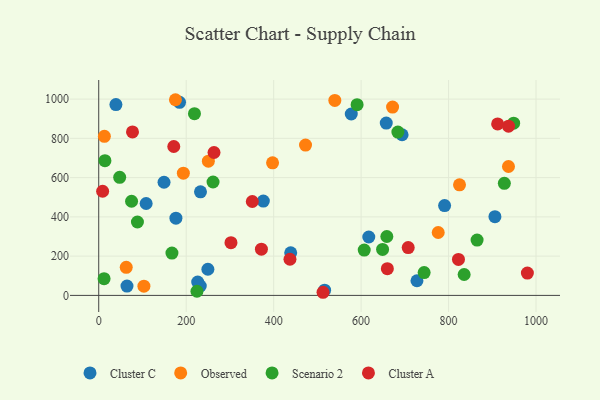
{"axis": {"x": "Ad Spend", "y": "Sales"}, "legend": ["Cluster A", "Cluster C", "Observed", "Scenario 2"], "data": [{"x": "906.0", "y": 401.1, "type": "Cluster C"}, {"x": "657.5", "y": 877.7, "type": "Cluster C"}, {"x": "249.6", "y": 133.1, "type": "Cluster C"}, {"x": "184.8", "y": 983.5, "type": "Cluster C"}, {"x": "516.5", "y": 26.7, "type": "Cluster C"}, {"x": "108.4", "y": 468.2, "type": "Cluster C"}, {"x": "232.7", "y": 527.8, "type": "Cluster C"}, {"x": "617.5", "y": 297.6, "type": "Cluster C"}, {"x": "64.6", "y": 47.7, "type": "Cluster C"}, {"x": "727.7", "y": 74.5, "type": "Cluster C"}, {"x": "226.3", "y": 67.9, "type": "Cluster C"}, {"x": "693.7", "y": 818.5, "type": "Cluster C"}, {"x": "149.3", "y": 576.3, "type": "Cluster C"}, {"x": "39.3", "y": 972.1, "type": "Cluster C"}, {"x": "577.5", "y": 924.1, "type": "Cluster C"}, {"x": "439.0", "y": 216.8, "type": "Cluster C"}, {"x": "790.9", "y": 457.5, "type": "Cluster C"}, {"x": "232.2", "y": 47.9, "type": "Cluster C"}, {"x": "376.4", "y": 480.3, "type": "Cluster C"}, {"x": "176.5", "y": 393.6, "type": "Cluster C"}, {"x": "825.0", "y": 563.2, "type": "Observed"}, {"x": "193.5", "y": 622.7, "type": "Observed"}, {"x": "250.7", "y": 683.6, "type": "Observed"}, {"x": "937.0", "y": 656.6, "type": "Observed"}, {"x": "62.9", "y": 142.8, "type": "Observed"}, {"x": "671.9", "y": 959.5, "type": "Observed"}, {"x": "472.9", "y": 765.7, "type": "Observed"}, {"x": "397.5", "y": 675.2, "type": "Observed"}, {"x": "776.3", "y": 320.5, "type": "Observed"}, {"x": "103.3", "y": 46.9, "type": "Observed"}, {"x": "175.4", "y": 996.8, "type": "Observed"}, {"x": "539.9", "y": 993.1, "type": "Observed"}, {"x": "12.9", "y": 810.1, "type": "Observed"}, {"x": "684.1", "y": 831.9, "type": "Scenario 2"}, {"x": "14.2", "y": 686.1, "type": "Scenario 2"}, {"x": "649.1", "y": 234.3, "type": "Scenario 2"}, {"x": "167.4", "y": 215.4, "type": "Scenario 2"}, {"x": "590.8", "y": 971.4, "type": "Scenario 2"}, {"x": "224.6", "y": 21.2, "type": "Scenario 2"}, {"x": "744.1", "y": 116.3, "type": "Scenario 2"}, {"x": "865.2", "y": 281.9, "type": "Scenario 2"}, {"x": "75.1", "y": 479.7, "type": "Scenario 2"}, {"x": "927.5", "y": 570.9, "type": "Scenario 2"}, {"x": "88.5", "y": 374.0, "type": "Scenario 2"}, {"x": "12.2", "y": 85.0, "type": "Scenario 2"}, {"x": "948.8", "y": 877.5, "type": "Scenario 2"}, {"x": "218.9", "y": 925.8, "type": "Scenario 2"}, {"x": "607.1", "y": 230.9, "type": "Scenario 2"}, {"x": "658.8", "y": 300.1, "type": "Scenario 2"}, {"x": "47.9", "y": 601.3, "type": "Scenario 2"}, {"x": "835.6", "y": 106.5, "type": "Scenario 2"}, {"x": "261.4", "y": 577.6, "type": "Scenario 2"}, {"x": "372.0", "y": 235.5, "type": "Cluster A"}, {"x": "8.9", "y": 530.6, "type": "Cluster A"}, {"x": "822.6", "y": 183.3, "type": "Cluster A"}, {"x": "171.6", "y": 758.6, "type": "Cluster A"}, {"x": "263.6", "y": 727.9, "type": "Cluster A"}, {"x": "660.0", "y": 136.1, "type": "Cluster A"}, {"x": "937.1", "y": 862.0, "type": "Cluster A"}, {"x": "437.3", "y": 184.2, "type": "Cluster A"}, {"x": "351.2", "y": 478.3, "type": "Cluster A"}, {"x": "512.9", "y": 15.9, "type": "Cluster A"}, {"x": "707.7", "y": 243.6, "type": "Cluster A"}, {"x": "912.2", "y": 873.3, "type": "Cluster A"}, {"x": "980.2", "y": 113.9, "type": "Cluster A"}, {"x": "77.2", "y": 832.9, "type": "Cluster A"}, {"x": "302.4", "y": 268.6, "type": "Cluster A"}]}